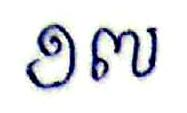
១៧